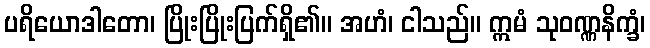
ပရိယောဒါတော၊ ပြိုးပြိုးပြက်ရှိ၏။ အဟံ၊ ငါသည်။ ဣမံ သုဝဏ္ဏနိက္ခံ၊